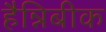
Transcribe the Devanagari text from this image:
हैन्निबीक